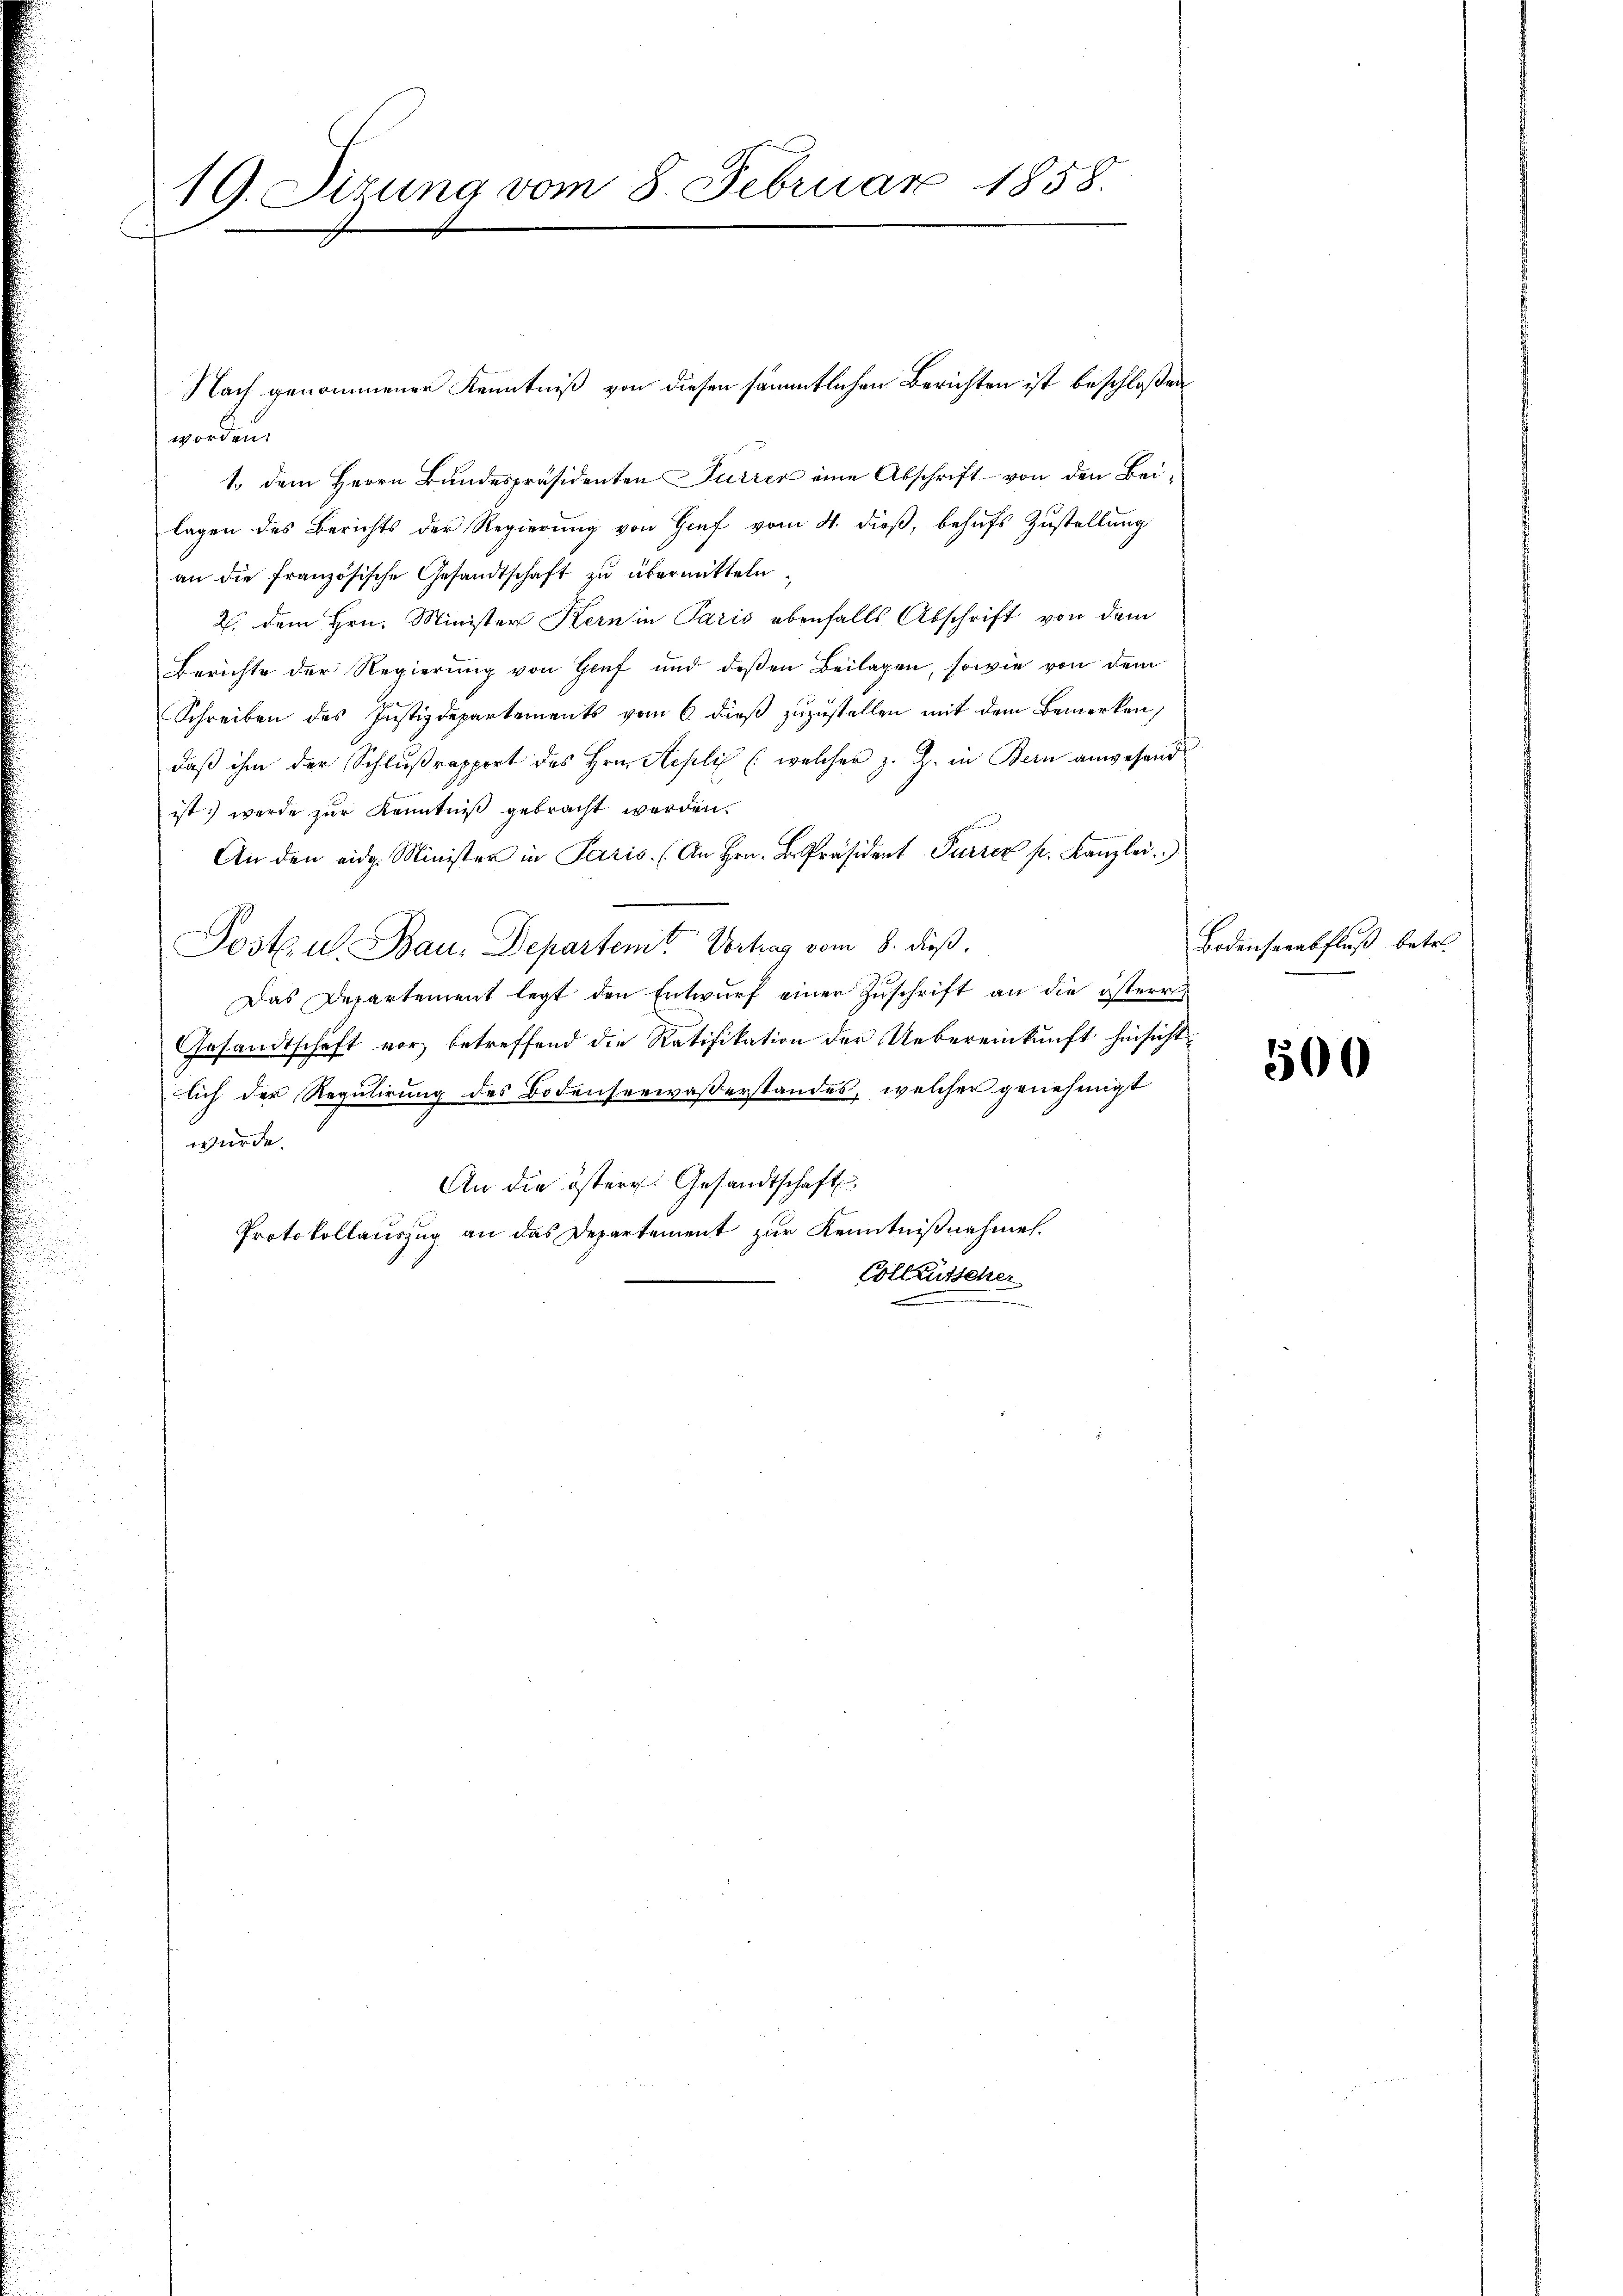
19. Sizung vom 8. Februar 1858.

Nach genommener Kenntniß von diesen sämmtlichen Berichten ist beschloßen
worden.
1. dem Herrn Bundespräsidenten Furrer eine Abschrift von den Beilagen des Berichts der Regierung von Genf vom 4. dieß, behufs Zustellung
an die französische Gesandtschaft zu übermitteln,
2. dem Hrn. Minister Kern in Paris ebenfalls Abschrift von dem
Berichte der Regierung von Genf und deßen Beilagen, sowie von dem
Schreiben des Justizdepartements vom 6 dieß zuzustellen mit dem Bemerken,
daß ihm der Schlußrapport des Hrn. Replis (welcher z. Z. in Bern anwesend
ist: werde zur Kenntniß gebracht werden.
An den eidg. Minister in Paris. (An Hrn. B. Präsident Furrer pr. Kanzlei.
Postul Bau-Departem Vortrag vom 8. dieß.
Das Departement legt den Entwŭrf einer Zŭschrift an die österr
Gesandtschaft vor, betreffend die Ratifikation der Uebereinkunft hinsicht
lich der Regulirung des Bodenserwasserstandes, welcher genehmigt
wurde.
An die östere Gesandtschaft
Protokollauszug an das Departement zur Kenntnißnahmen.
Colleutscher

Bodenserabfluß betr.

500